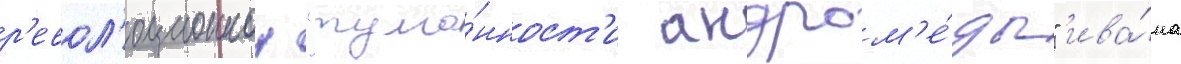
р'евол'юционнои "тума́нност'и андром'е́ды" ива́на